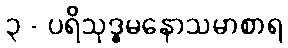
၃ - ပရိသုဒ္ဓမနောသမာစာရ